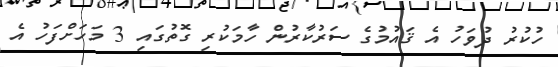
ހުކުރު ދުވަހު އެ ޤައުމުގެ ސަރުކާރުން ހާމަކުރި ގޮތުގައި 3 މަހަށްފަހު އެ